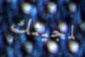
لمجيئك